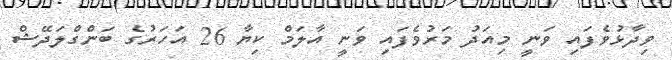
ވިދާޅުވެފައި ވަނީ މިއަދު މަރުވެފައި ވަނީ އާލަމް ކިޔާ 26 އަހަރުގެ ބަންގްލަދޭޝް